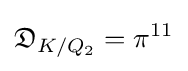
{\mathfrak {D}}_{K/Q_{2}}=\pi ^{11}